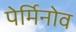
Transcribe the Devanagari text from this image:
पेर्मिनोव